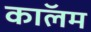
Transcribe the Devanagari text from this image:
काॅलम